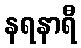
နရနာရီ